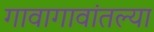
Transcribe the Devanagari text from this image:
गावागावांतल्या